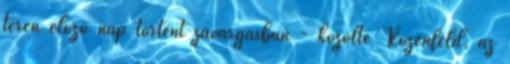
terén előző nap történt zavargásban - közölte Rózenfeld, az